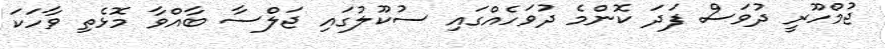
ޖުމްހޫރީ ދުވަސް ފަދަ ކޮންމެ ދުވަހެއްގައި ސުކޫލުގައި ޖަލްސާ ބާއްވާ މޮޅެތި ވާހަކަ